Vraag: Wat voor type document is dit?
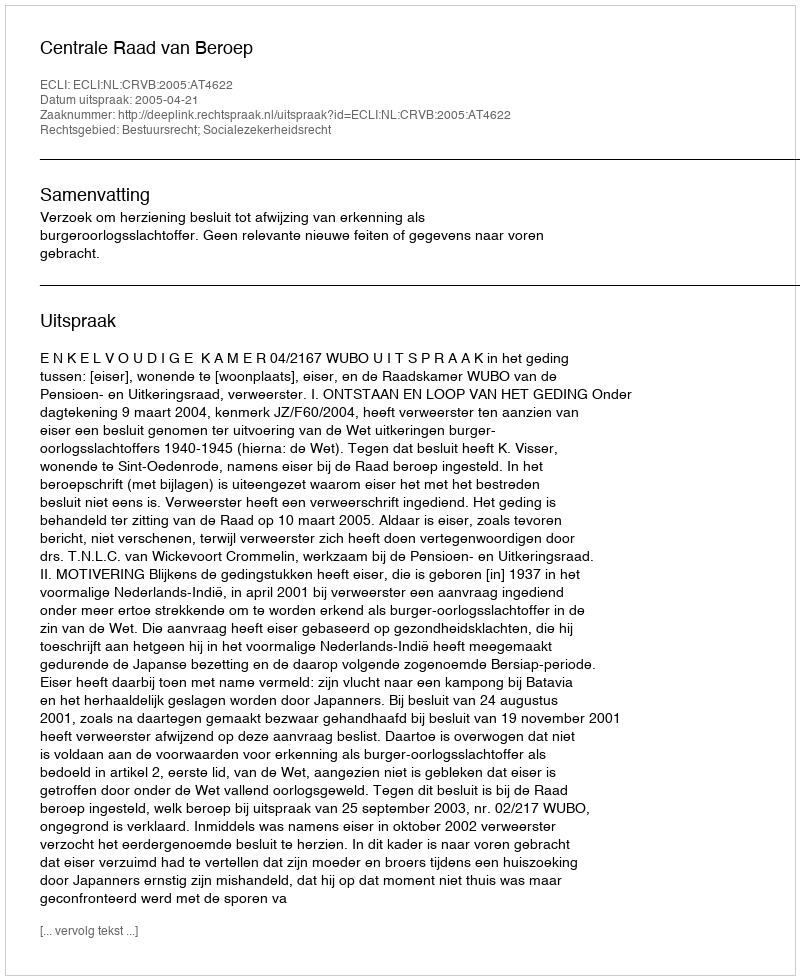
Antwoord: Uitspraak